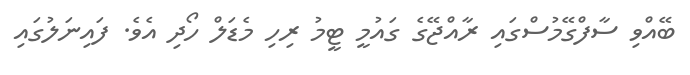
ބޭއްވި ސާފްގޭމުސްގައި ރާއްޖޭގެ ގައުމީ ޓީމު ރިހި މެޑަލް ހޯދި އެވެ. ފައިނަލުގައި